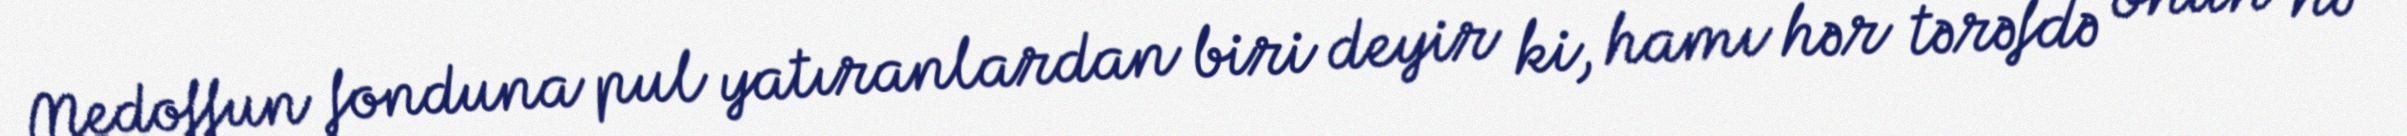
Medoffun fonduna pul yatıranlardan biri deyir ki, hamı hər tərəfdə onun nə